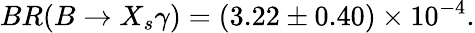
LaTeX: BR(B\to X_{s}\gamma)=(3.22\pm 0.40)\times 10^{-4}.